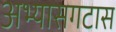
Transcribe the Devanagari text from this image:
अभ्यासगटास